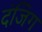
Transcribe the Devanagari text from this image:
दंजिग